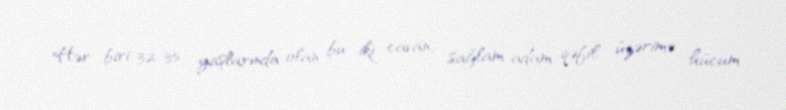
Hər biri 32-35 yaşlarında olan bu iki cavan, sağlam adam qəfil üzərimə hücum